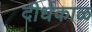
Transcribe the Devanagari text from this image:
दीर्धकाळ